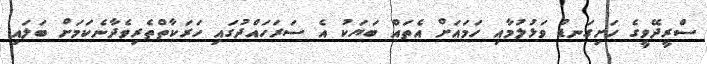
ސްރީދޭވީގެ ހަށިގަނޑު ވަޅުލުމާއި ހަމައަށް އެތައް ބަޔަކު އެ ސަރަަހައްދުގައި ހަރަކާތްތެރިވެދާނެކަމަށް ބަލައި